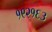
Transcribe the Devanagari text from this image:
१९२१६३